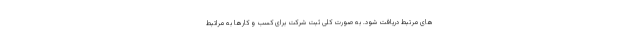
های مرتبط دریافت شود. به صورت کلی ثبت شرکت برای کسب و کارها به مراتبط